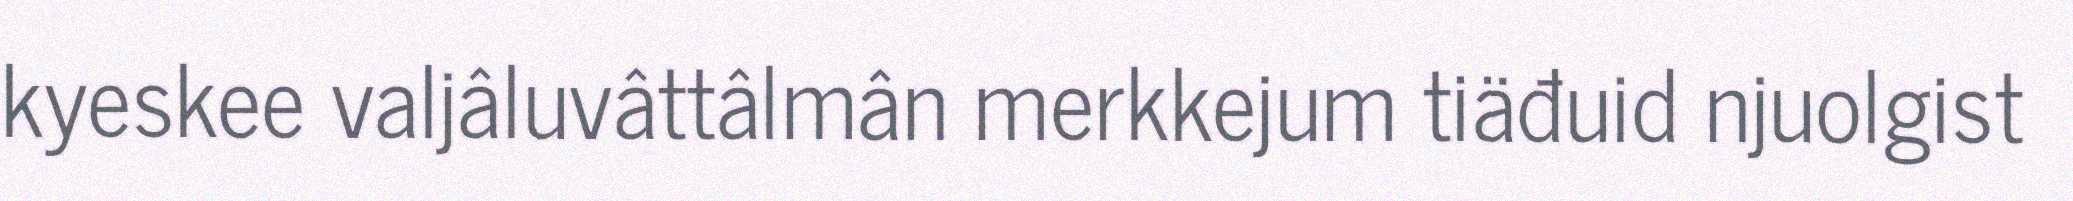
kyeskee valjâluvâttâlmân merkkejum tiäđuid njuolgist